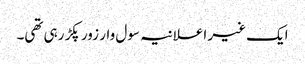
ایک غیر اعلانیہ سول وار زور پکڑ رہی تھی۔